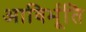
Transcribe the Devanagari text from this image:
आविर्भूति